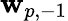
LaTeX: \mathbf{w}_{p,-1}